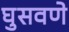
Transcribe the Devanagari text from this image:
घुसवणे